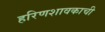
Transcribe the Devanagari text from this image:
हरिणशावकाची